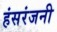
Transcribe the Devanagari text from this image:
हंसरंजनी